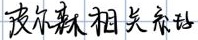
波尔森相关系统